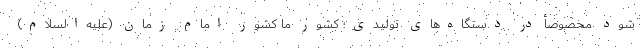
شود مخصوصأ در دستگاه‌های تولیدی؛ کشور ما کشور امام زمان (علیه‌السلام)